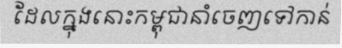
ដែលក្នុងនោះកម្ពុជានាំចេញទៅកាន់